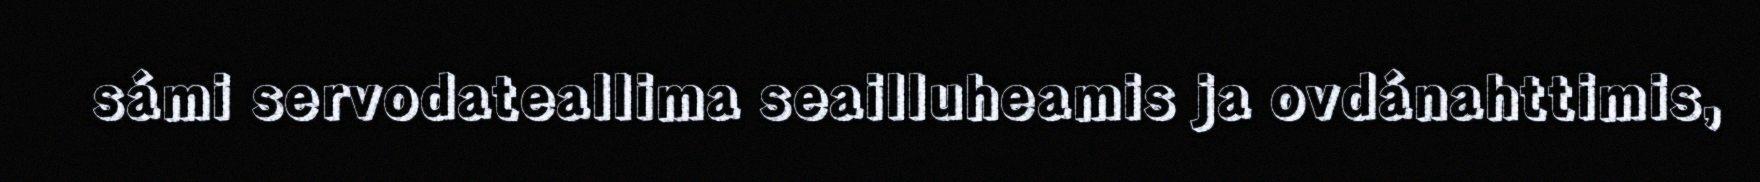
sámi servodateallima seailluheamis ja ovdánahttimis,